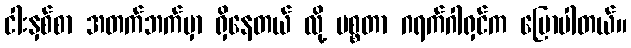
ငါးနှစ်စာ အတက်ဘက်မှာ ရှိနေတယ် လို့ မစ္စတာ ဂရက်ဂါရှင်က ပြောပါတယ်။